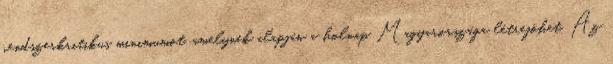
rendszerkritikus minimumot, amelynek alapján a holnap Magyarországa létrejöhet. Az